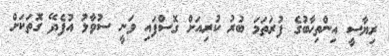
ރިޔާސީ އިންތިހާބުގެ ފުރަތަމަ ބުރު ކުރިއަށް ގޮސްފައި ވަނީ ސުވާލު އުފެދޭ ގޮތަކަށް